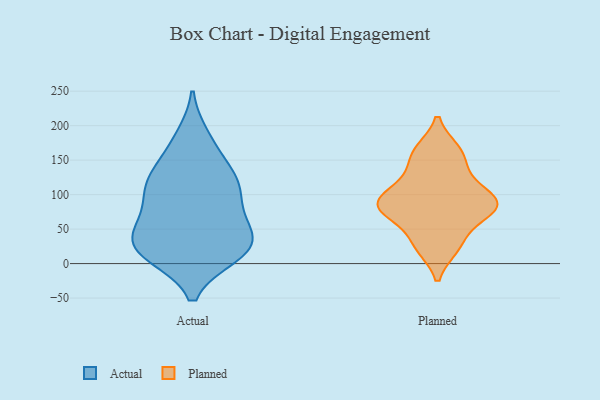
{"axis": {"x": "Tickets Resolved", "y": "Value"}, "legend": ["Actual", "Planned"], "data": [{"x": "", "y": 14, "type": "Actual"}, {"x": "", "y": 44, "type": "Actual"}, {"x": "", "y": 127, "type": "Actual"}, {"x": "", "y": 36, "type": "Actual"}, {"x": "", "y": 92, "type": "Actual"}, {"x": "", "y": 13, "type": "Actual"}, {"x": "", "y": 184, "type": "Actual"}, {"x": "", "y": 120, "type": "Actual"}, {"x": "", "y": 129, "type": "Actual"}, {"x": "", "y": 88, "type": "Actual"}, {"x": "", "y": 43, "type": "Actual"}, {"x": "", "y": 69, "type": "Actual"}, {"x": "", "y": 174, "type": "Actual"}, {"x": "", "y": 16, "type": "Actual"}, {"x": "", "y": 130, "type": "Actual"}, {"x": "", "y": 102, "type": "Actual"}, {"x": "", "y": 12, "type": "Actual"}, {"x": "", "y": 23, "type": "Actual"}, {"x": "", "y": 44, "type": "Actual"}, {"x": "", "y": 84, "type": "Planned"}, {"x": "", "y": 24, "type": "Planned"}, {"x": "", "y": 112, "type": "Planned"}, {"x": "", "y": 28, "type": "Planned"}, {"x": "", "y": 164, "type": "Planned"}, {"x": "", "y": 88, "type": "Planned"}, {"x": "", "y": 133, "type": "Planned"}, {"x": "", "y": 92, "type": "Planned"}, {"x": "", "y": 160, "type": "Planned"}, {"x": "", "y": 79, "type": "Planned"}, {"x": "", "y": 64, "type": "Planned"}, {"x": "", "y": 86, "type": "Planned"}]}